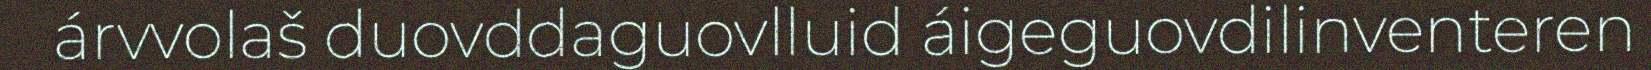
árvvolaš duovddaguovlluid áigeguovdilinventeren